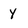
Character: Y